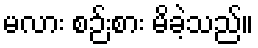
မလား စဉ်းစား မိခဲ့သည်။